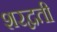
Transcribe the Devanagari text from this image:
शरद्वती